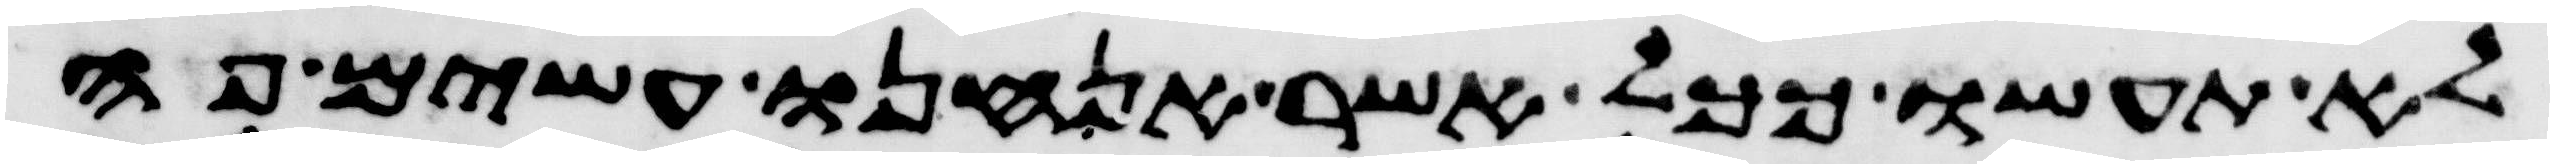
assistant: לא תעשו ככל אשר אנחנו עשים פה